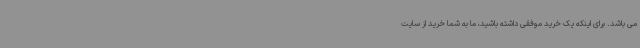
می باشد. برای اینکه یک خرید موفقی داشته باشید، ما به شما خرید از سایت